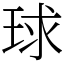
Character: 球